Annual report on the working of the lock hospitals in the Central Provinces
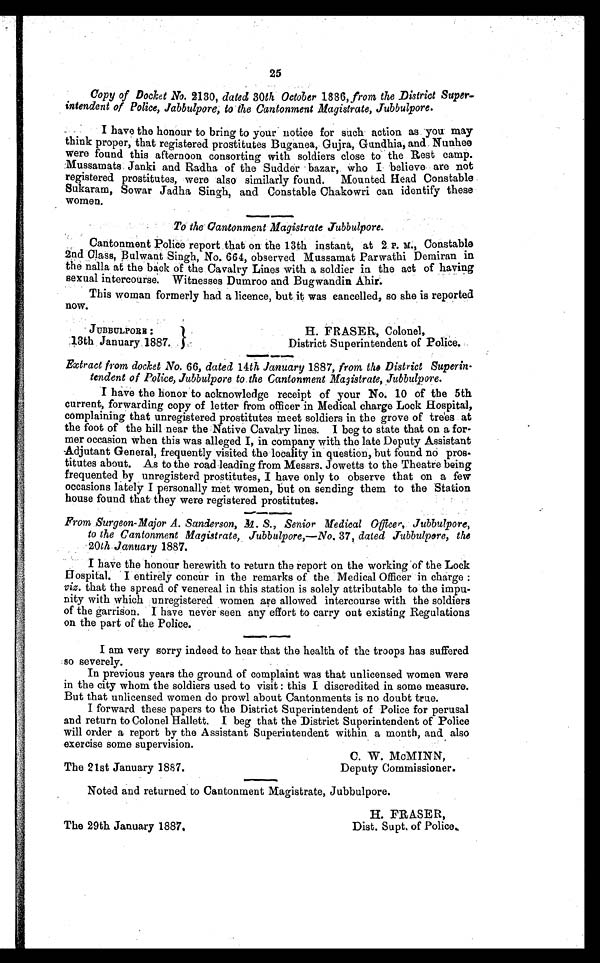
JUBBULPORR :
13th January 1887.
H. FRASER, Colonel,
District Superintendent of Police.
25
Copy of Docket No. 2130, data 30th October 1886, from the District Super
ntendent of Police, Jabbulpore, to the Cantonment Magistrate, Jubbulpore.
I have the honour to bring to your notice for such action as you may
think proper, that registered prostitutes Buganea, Gujra, Gundhia, and. Nunhee
were found this afternoon consorting with soldiers close to the Rest camp.
Mussamats Janki and Radha of the Sudder bazar, who I believe are not
registered prostitutes, were also similarly found. Mounted Head Constable
Sukaram, Sowar Jadha Singh, and Constable Chakowri can identify these
women.
To the Cantonment Magistrate Jubbulpore.
Cantonment Police report that on the 13th instant, at 2 P.M., Constable
2nd Class, Bulwant Singh, No. 664, observed Mussamat Parwathi Demiran in
the nalla at the back of the Cavalry Lines with a soldier in the act of having
sexual intercourse. Witnesses Dumroo and Bugwandin Ahir.
This woman formerly had a licence, but it was cancelled, so she is reported
now.
Extract from docket No. 66, dated 14th January 1887, from the District Superin
tendent of Police, Jubbulpore to the Cantonment Magistrate, Jubbulpore.
I have the honor to acknowledge receipt of your No. 10 of the 5th
current, forwarding copy of letter from officer in Medical charge Lock Hospital,
complaining that unregistered prostitutes meet soldiers in the grove of trees at
the foot of the hill near the Native Cavalry lines. I beg to state that on a for
mer occasion when this was alleged I, in company with the late Deputy Assistant
Adjutant General, frequently visited the locality in question, but found no pros
titutes about. As to the road leading from Messrs. Jowetts to the Theatre being
frequented by unregisterd prostitutes, I have only to observe that on a few
occasions lately I personally met women, but on sending them to the Station
house found that they were registered prostitutes.
From Surgeon-Major A. Sanderson, M. S., Senior Medical Officer, Jubbulpore,
to the Cantonment Magistrate, Jubbulpore,—No. 37, dated Jubbulpore, the
20th January 1887.
I have the honour herewith to return the report on the working of the Lock
Hospital. I entirely concur in the remarks of the Medical Officer in charge :
viz. that the spread of venereal in this station is solely attributable to the impu
nity with which unregistered women are allowed intercourse with the soldiers
of the garrison. I have never seen any effort to carry out existing Regulations
on the part of the Police.
I am very sorry indeed to hear that the health of the troops has suffered
so severely.
In previous years the ground of complaint was that unlicensed women were
in the city whom the soldiers used to visit : this I discredited in some measure.
But that unlicensed women do prowl about Cantonments is no doubt true.
I forward these papers to the District Superintendent of Police for perusal
and return to Colonel Hallett. I beg that the District Superintendent of Police
will order a report by the Assistant Superintendent within a month, and also
exercise some supervision.
C. W. McMINN,
The 21st January 1887.
Deputy Commissioner.
Noted and returned to Cantonment Magistrate, Jubbulpore.
H. FRASER,
The 29th January 1887.
Dist. Supt. of Police.